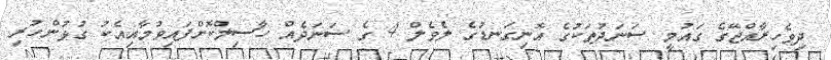
ދިވެހިރާއްޖޭގެ ގައުމީ ސަނަދުތަކުގެ އޮނިގަނޑުގެ ލެވެލް 4 ގެ ސަނަދެއް ހާސިލްކޮށްފައިވުމާއިއެކު ގުޅުންހުރި